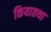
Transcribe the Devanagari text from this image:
कियातथा